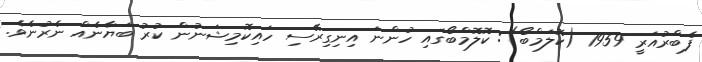
ފެބްރުއަރީ 1959 (ކޮލަމްބޯ): ކޮލޮމްބޯގައި ހުންނަ އިނިގިރޭސި ހައިކޮމިޝަނުން ކުރު ބަޔާނެއް ނެރުނެވެ.